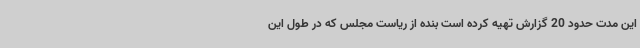
این مدت حدود 20 گزارش تهیه کرده است بنده از ریاست مجلس که در طول این